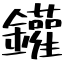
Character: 鑵